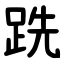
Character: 跣